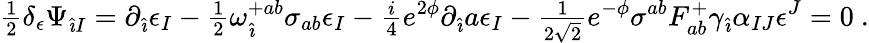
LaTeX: {\textstyle\frac{1}{2}}\delta_{\epsilon}\Psi_{\hat{\imath}I}=\partial_{\hat{\imath}}\epsilon_{I}-{\textstyle\frac{1}{2}}\omega_{\hat{\imath}}^{+ab}\sigma_{ab}\epsilon_{I}-{\textstyle\frac{i}{4}}e^{2\phi}\partial_{\hat{\imath}}a\epsilon_{I}-{\textstyle\frac{1}{2\sqrt{2}}}e^{-\phi}\sigma^{ab}F_{ab}^{+}\gamma_{\hat{\imath}}\alpha_{IJ}\epsilon^{J}=0\ .